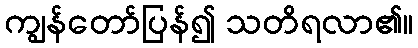
ကျွန်တော်ပြန်၍ သတိရလာ၏။